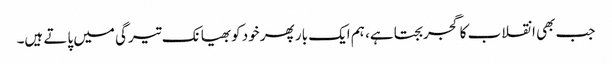
جب بھی انقلاب کا گجر بجتا ہے، ہم ایک بار پھر خود کوبھیانک تیرگی میں پاتے ہیں۔